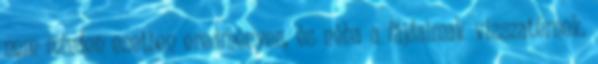
nem minden esetben eredményes, és néha a fájdalmak visszatérnek.